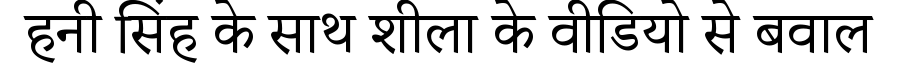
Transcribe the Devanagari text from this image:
हनी सिंह के साथ शीला के वीडियो से बवाल